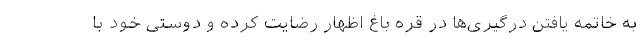
به خاتمه یافتن درگیری‌ها در قره باغ اظهار رضایت کرده و دوستی خود با